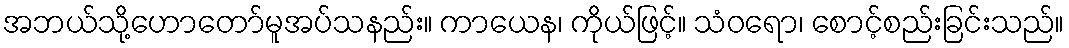
အဘယ်သို့ဟောတော်မူအပ်သနည်း။ ကာယေန၊ ကိုယ်ဖြင့်။ သံဝရော၊ စောင့်စည်းခြင်းသည်။